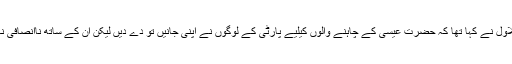
یاد رہے کہ بلاول نے کہا تھا کہ حضرت عیسٰی کے چاہنے والوں کیلیے پارٹی کے لوگوں نے اپنی جانیں تو دے دیں لیکن ان کے ساتھ ناانصافی نہیں ہونے دی۔